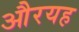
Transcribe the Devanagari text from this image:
औरयह